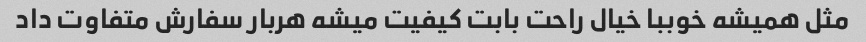
مثل همیشه خوببا خیال راحت بابت کیفیت میشه هربار سفارش متفاوت داد